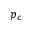
p _ { c }